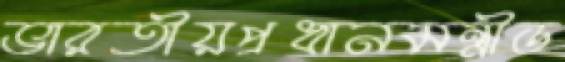
ভারতীয়প্রধানমন্ত্রীড